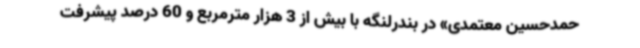
حمدحسین معتمدی» در بندرلنگه با بیش از 3 هزار مترمربع و 60 درصد پیشرفت